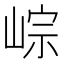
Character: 𡸶